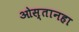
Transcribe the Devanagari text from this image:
ओस्तानहा